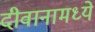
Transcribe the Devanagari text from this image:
दीवानामध्ये